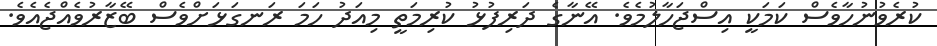
ކުރެވުނުހާވެސް ކަމަކީ އިސްޖަހާލުމެވެ. އޭނާގެ ދަރިފުޅު ކުރިމަތީ މިއަދު ހަމަ ރަނގަޅަށްވެސް ބޭޒާރުވެއްޖެއެވެ.